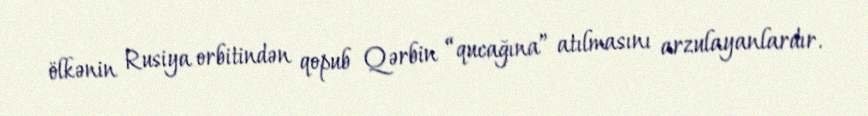
ölkənin Rusiya orbitindən qopub Qərbin “qucağına” atılmasını arzulayanlardır.